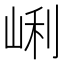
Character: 𡸉